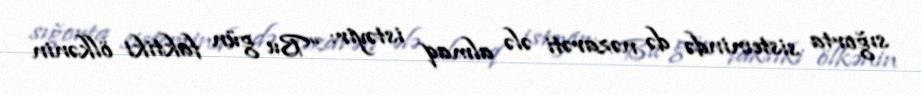
sığorta sistemində də nəzarəti ələ almaq istəyir: “Bu gün faktiki ölkənin